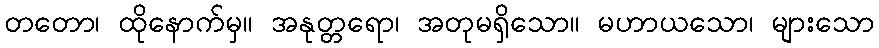
တတော၊ ထိုနောက်မှ။ အနုတ္တရော၊ အတုမရှိသော။ မဟာယသော၊ များသော